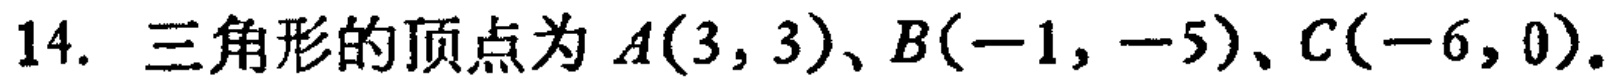
14. 三角形的顶点为 \(A(3,3)\)、\(B(-1,-5)\)、\(C(-6,0)\)。